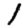
Digit: 1